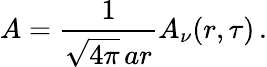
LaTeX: A=\frac{1}{\sqrt{4\pi}\, ar}A_{\nu}(r,\tau)\, .